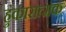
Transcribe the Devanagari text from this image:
हुंकारात्मक